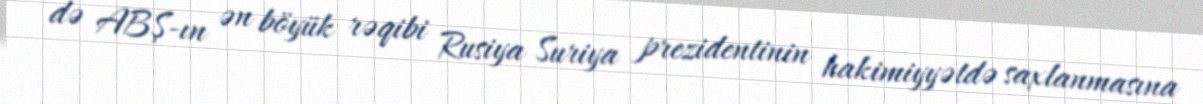
də ABŞ-ın ən böyük rəqibi Rusiya Suriya prezidentinin hakimiyyətdə saxlanmasına